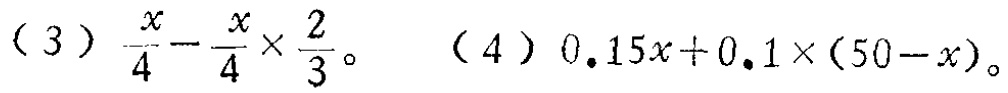
（3）\(\frac{x}{4}-\frac{x}{4}\times\frac{2}{3}\)。（4）\(0.15x + 0.1\times(50 - x)\)。